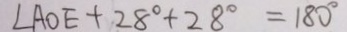
\angle A O E + 2 8 ^ { \circ } + 2 8 ^ { \circ } = 1 8 0 ^ { \circ }